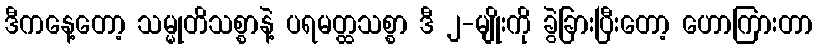
ဒီကနေ့တော့ သမ္မုတိသစ္စာနဲ့ ပရမတ္ထသစ္စာ ဒီ ၂-မျိုးကို ခွဲခြားပြီးတော့ ဟောကြားတာ